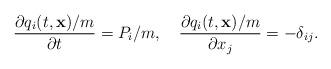
LaTeX: \begin{align*}\frac{\partial{q_i(t,{\bf x})/m}}{\partial{t}}=P_i/m,\quad\frac{\partial{q_i(t,{\bf x})/m}}{\partial{x_j}}=-{\delta}_{ij}.\end{align*}